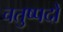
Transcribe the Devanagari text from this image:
चतुष्पदों